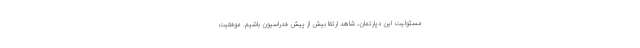
مسئولیت این دپارتمان، شاهد ارتقا بیش از پیش فدراسیون باشیم. موفقیت